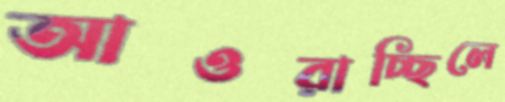
আওরাচ্ছিলে